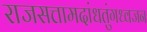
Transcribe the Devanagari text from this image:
राजसत्तामदांधतुंगध्वजन